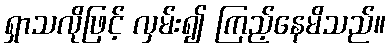
ရှာသလိုဖြင့် လှမ်း၍ ကြည့်နေမိသည်။